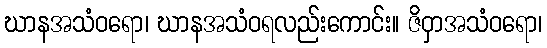
ဃာနအသံဝရော၊ ဃာနအသံဝရလည်းကောင်း။ ဇိဝှာအသံဝရော၊